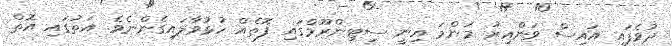
ދުވެފައި އައިސް ވަންއިރު މަންމަ އިނީ ސިޓިންރޫމްގައި ފޮތެއް ހުޅުވާލައިގެންނެވެ. އަތުގައި އޮތް